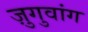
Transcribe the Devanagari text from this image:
ज़ुगुवांग